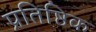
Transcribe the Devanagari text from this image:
प्रतिष्ठिक